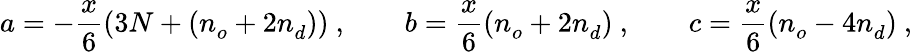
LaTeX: a=-{\frac{x}{6}}(3N+(n_{o}^{}+2n_{d}^{}))\ ,\qquad b={\frac{x}{6}}(n_{o}^{}+2n_{d}^{})\ ,\qquad c={\frac{x}{6}}(n_{o}^{}-4n_{d}^{})\ ,